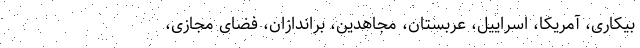
بیکاری، آمریکا، اسراییل، عربستان، مجاهدین، براندازان، فضای مجازی،